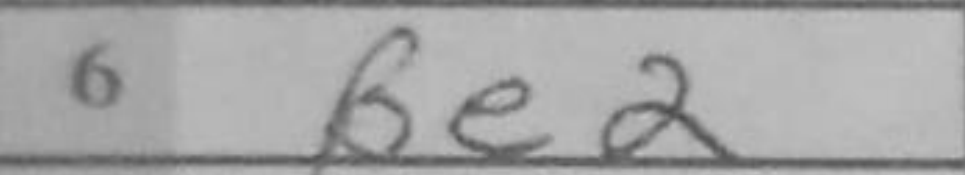
Transcription: Be2